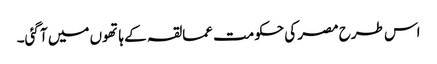
اس طرح مصر کی حکومت عمالقہ کے ہاتھوں میں آ گئی۔